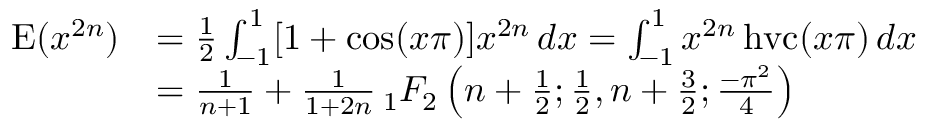
{ \begin{array} { r l } { \operatorname { E } ( x ^ { 2 n } ) } & { = { \frac { 1 } { 2 } } \int _ { - 1 } ^ { 1 } [ 1 + \cos ( x \pi ) ] x ^ { 2 n } \, d x = \int _ { - 1 } ^ { 1 } x ^ { 2 n } \operatorname { h v c } ( x \pi ) \, d x } \\ & { = { \frac { 1 } { n + 1 } } + { \frac { 1 } { 1 + 2 n } } \, _ { 1 } F _ { 2 } \left( n + { \frac { 1 } { 2 } } ; { \frac { 1 } { 2 } } , n + { \frac { 3 } { 2 } } ; { \frac { - \pi ^ { 2 } } { 4 } } \right) } \end{array} }